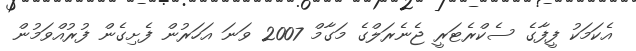
އެކަމަކު ފީފާގެ ސެކްރެޓަރީ ޖެނެރަލްގެ މަގާމް 2007 ވަނަ އަހަރުން ފެށިގެން ފުރުއްވަމުން